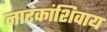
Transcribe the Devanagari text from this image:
नाटकांशिवाय